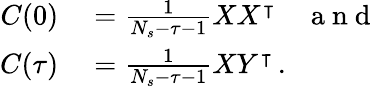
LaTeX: \begin{array}{rl}{C(0)}&{{}=\frac{1}{N_{s}-\tau-1}XX^{\intercal}\quad\mathrm{~a~n~d~}}\\ {C(\tau)}&{{}=\frac{1}{N_{s}-\tau-1}XY^{\intercal}\, .}\end{array}